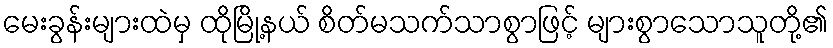
မေးခွန်းများထဲမှ ထိုမြို့နယ် စိတ်မသက်သာစွာဖြင့် များစွာသောသူတို့၏